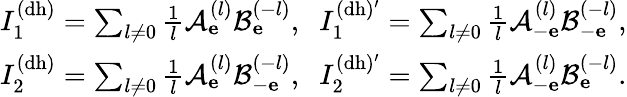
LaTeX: \begin{array}{r}{I_{1}^{\mathrm{(dh)}}=\sum_{l\neq 0}\frac{1}{l}\mathcal{A}_{\mathbf e}^{(l)}\mathcal{B}_{\mathbf e}^{(-l)},\; \; I_{1}^{\mathrm{(dh)^{\prime}}}=\sum_{l\neq 0}\frac{1}{l}\mathcal{A}_{-\mathbf e}^{(l)}\mathcal{B}_{-\mathbf e}^{(-l)},}\\ {I_{2}^{\mathrm{(dh)}}=\sum_{l\neq 0}\frac{1}{l}\mathcal{A}_{\mathbf e}^{(l)}\mathcal{B}_{-\mathbf e}^{(-l)},\; \; I_{2}^{\mathrm{(dh)^{\prime}}}=\sum_{l\neq 0}\frac{1}{l}\mathcal{A}_{-\mathbf e}^{(l)}\mathcal{B}_{\mathbf e}^{(-l)}.}\end{array}